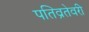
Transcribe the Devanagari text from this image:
पतिव्रतेवरी